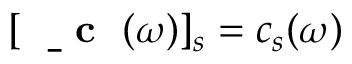
[ \mathrm { ~ \bf ~ \underline { ~ } { ~ c ~ } ~ } ( \omega ) ] _ { s } = c _ { s } ( \omega )